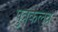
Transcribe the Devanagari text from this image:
पुत्रकलत्र